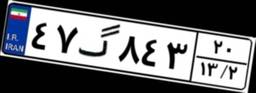
۱۴گ۷۲۰۷۰